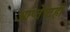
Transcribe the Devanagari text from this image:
आप्तेष्टही